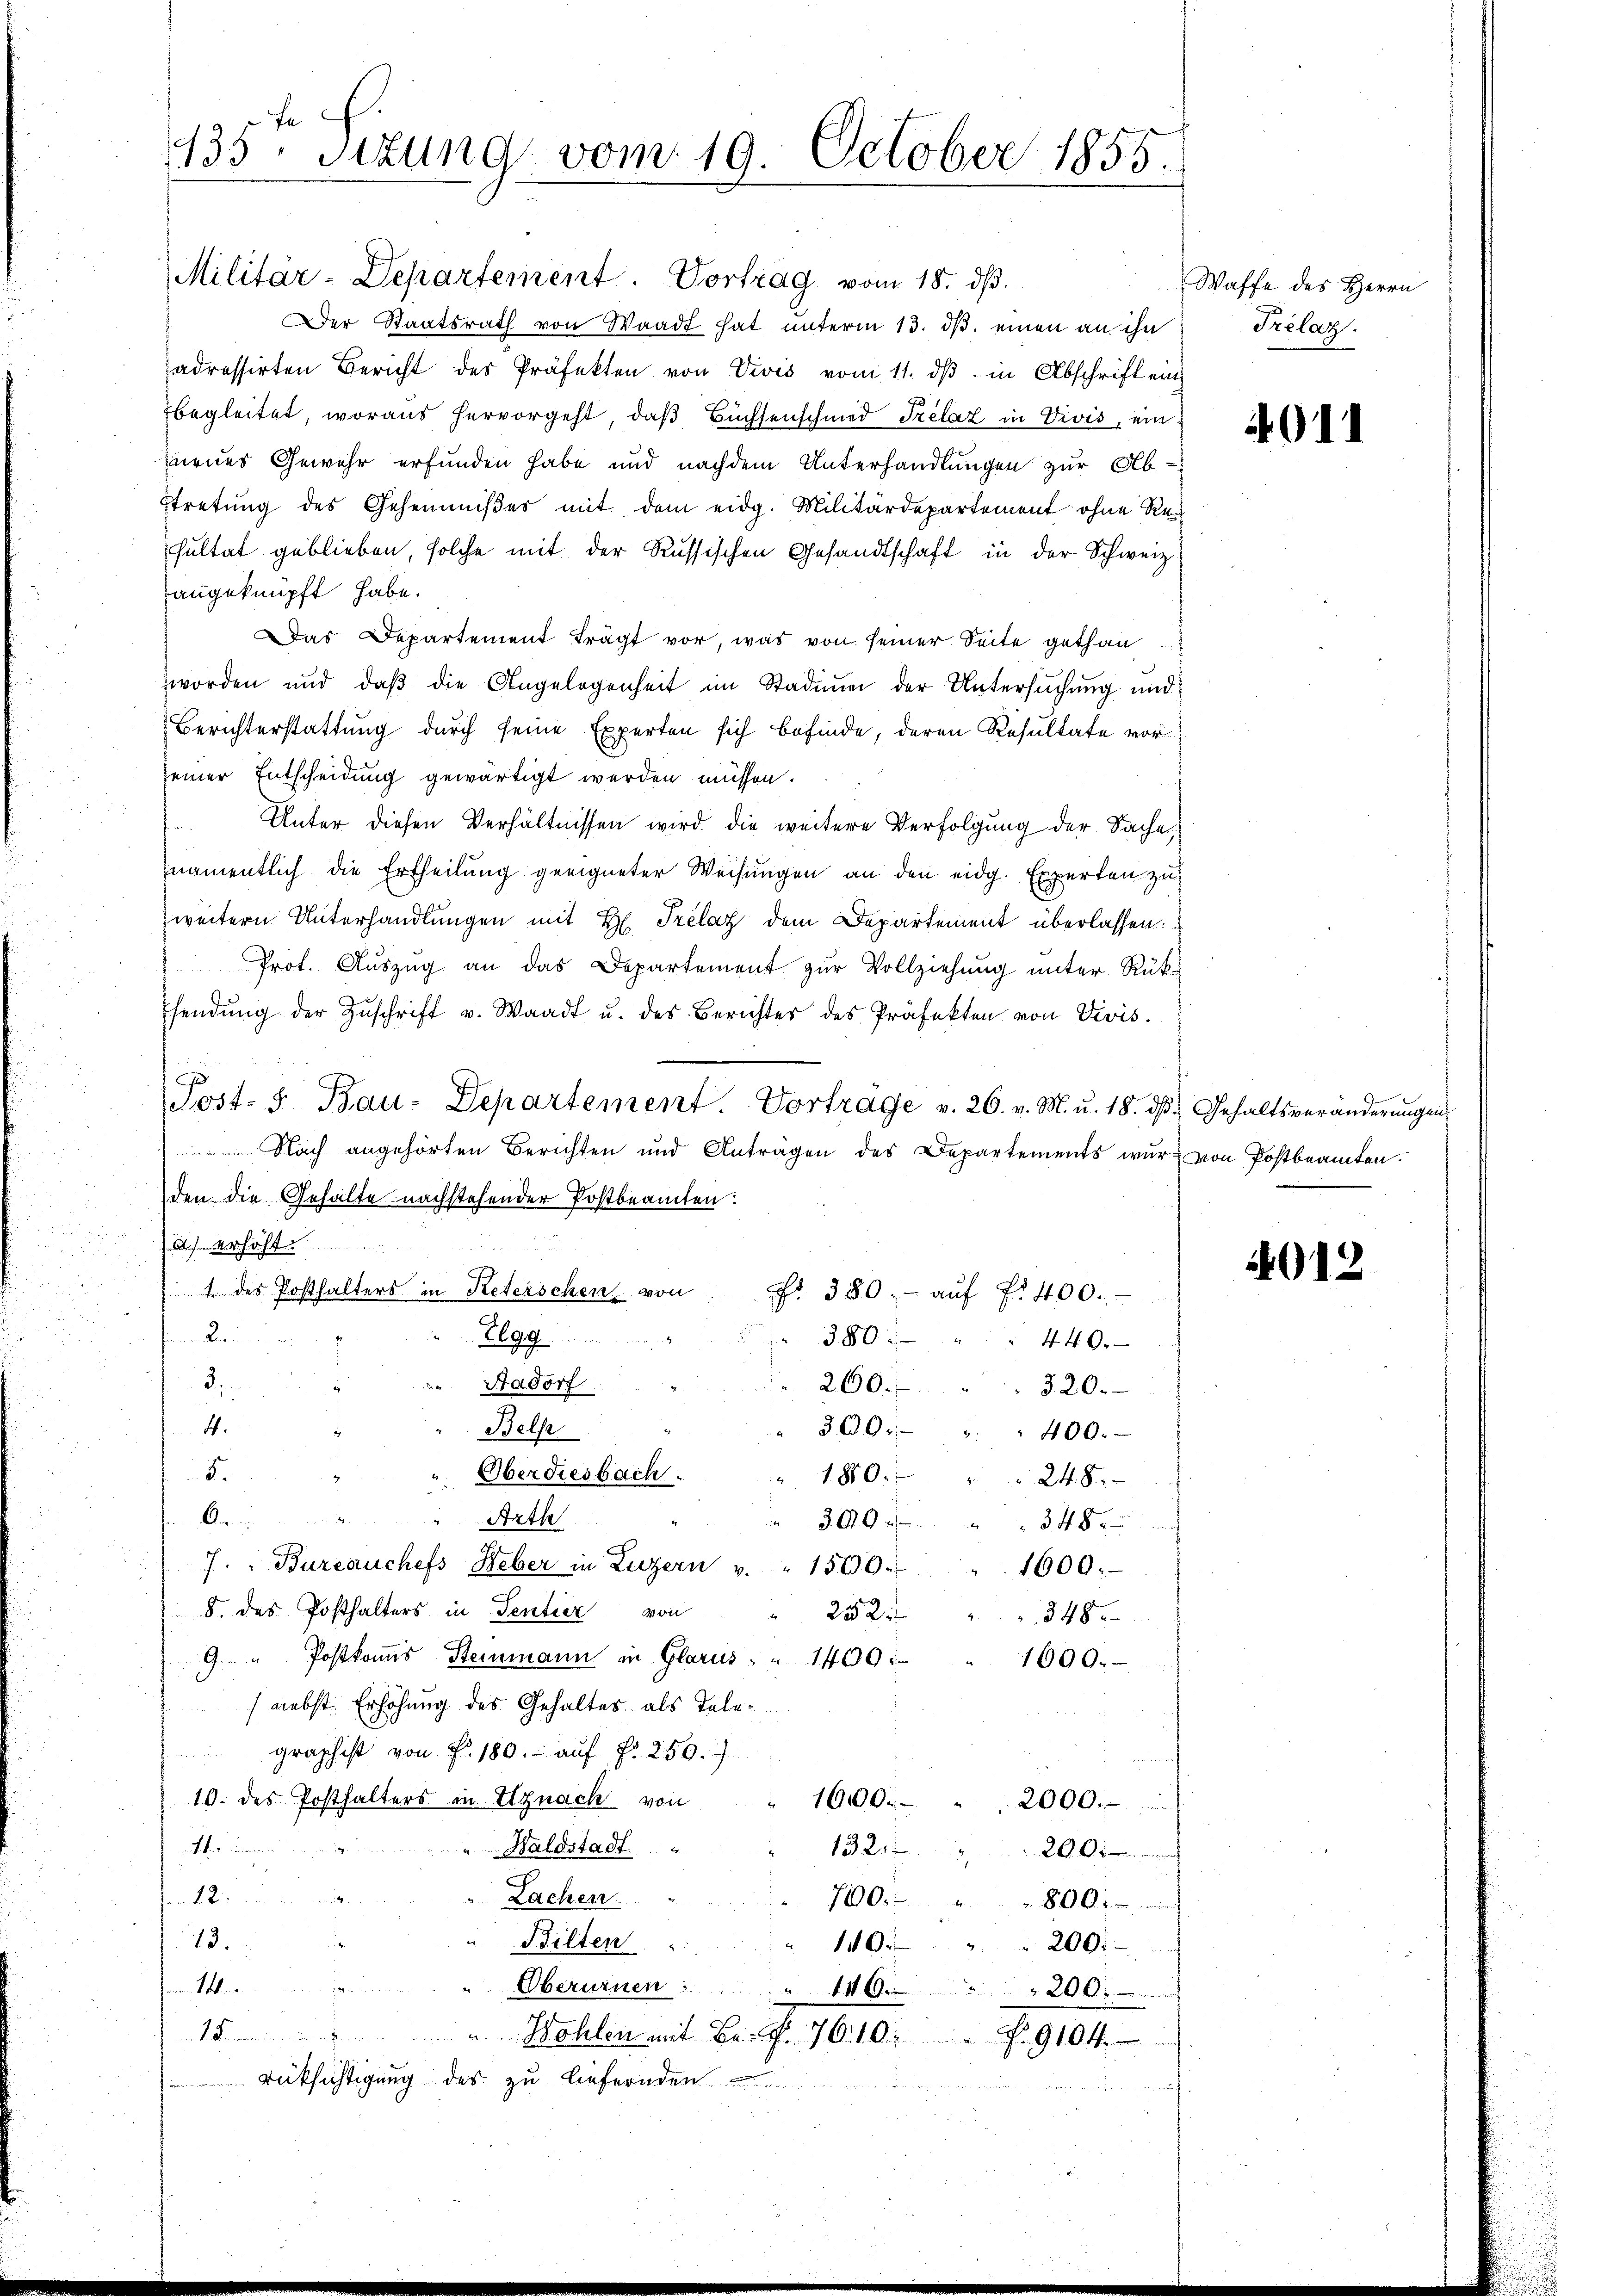
135. Sitzung vom 19. October 1855.

Militär-Departement. Vortrag vom 18. dβ.
Der Staatsrath von Waadt hat unterm 13. ds. einen an ihn
adressirten Bericht des Präfekten von Vivis vom 11. dβ in Abschrift ein
begleitet, woraus hervorgeht, daß Büchsenschmed Frélaz in Vivis, einznenes Gewehr erfunden habe und nachdem Unterhandlungen zur Ab-
tretung des Geheimnißes mit dem eidg. Militärdepartement ohne Re
sultat geblieben, solche mit der Russischen Gesandtschaft in der Schweiz
angeknüpft habe.
Das Departement trägt vor, was von seiner Seite gethan
worden und daβ die Angelegenheit im Stadium der Untersŭchŭng und
Berichterstattung durch seine Experten sich befinde, deren Resultate vorseiner Entscheidung gewärtigt werden müssen.
 Unter diesen Verhältnissen wird die weitere Verfolgung der Saches
namentlich die Ertheilung geeigneter Weisungen an den eidg. Experten zu
weitern Unterhandlungen mit H. Trelaz dem Departement überlassen.
Prot. Auszug an das Departement zur Vollziehung unter Rükendŭng der Zŭschrift u. Waadt u. des Berichter des Präfekten von Vivis.
Post- 5. Bau-Departement. Vortrage v. 26. v. M. u. 18. dβ Gehaltsveränderŭngen
 Nach angehörten Berichten und Anträgen des Departements war von Postbeamten.
den die Gehalte nachstehender Postbeamten:
ich erhöht.
1 des Posthalters in Keterschen, von
Fr. 380 - auf fr 400.-
Le
380:
Elgg
440.

260.
Aadorf
§ 20.
4.
300.
Belse
400.
Oberdiesbach.
Fr
1810.
248.
Arth
Ar
390 f
348
7. " Bureauchefs Leber in Luzern v. " 1500.
1600.
8. des Posthalters in Sentier von
252
348
9 " Postkomis Steinmann in Glarus " " 1400.
1690.
 nebst Erhöhung des Gehaltes als Telegraphist von Fr. 180. aŭf fr. 259.
10. des Posthalters in Uznach von
1600. " " 2000.
4f
"Haldstadt
13217
4
200.
12.
Lachen
7000.
800
Bilten
73.
140
200:
Oberurnen
1
200.
110.
ind. Domainen
" Wohlen mit Br. f. 76. 10 f. 9104
Rüksichtigung des zu liefernden

Waffe des Herrn
Trelaz.

4011

4012